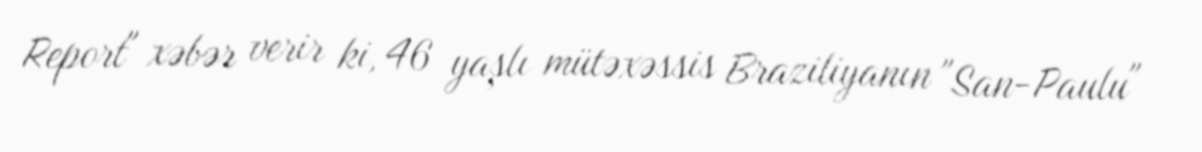
Report" xəbər verir ki, 46 yaşlı mütəxəssis Braziliyanın "San-Paulu"